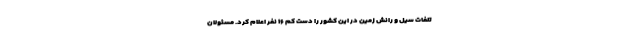
تلفات سیل و رانش زمین در این کشور را دست کم ۱۶ نفر اعلام کرد. مسئولان